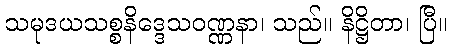
သမုဒယသစ္စနိဒ္ဒေသဝဏ္ဏနာ၊ သည်။ နိဋ္ဌိတာ၊ ပြီ။